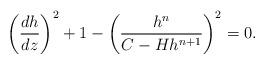
LaTeX: \begin{align*}\left( \frac{dh}{dz} \right)^2+1-\left( \frac{h^n}{C- H h^{n+1}} \right)^2=0.\end{align*}